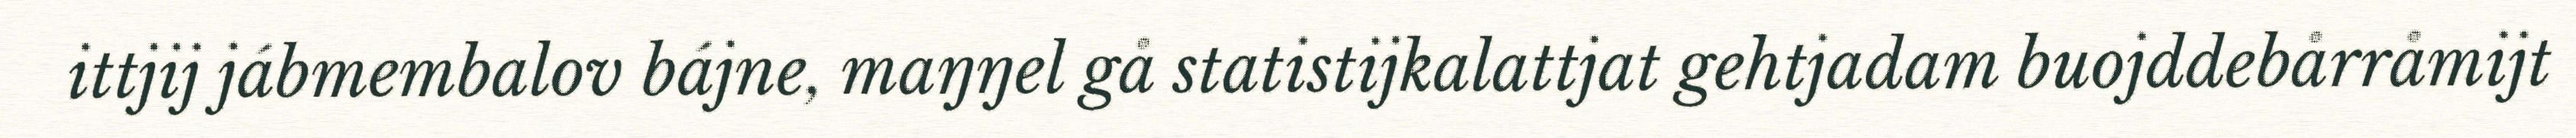
ittjij jábmembalov bájne, maŋŋel gå statistijkalattjat gehtjadam buojddebårråmijt